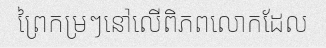
ព្រៃកម្រៗនៅលើពិភពលោកដែល